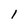
Character: 1